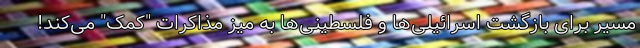
مسیر برای بازگشت اسرائیلی‌ها و فلسطینی‌ها به میز مذاکرات "کمک" می‌کند!